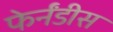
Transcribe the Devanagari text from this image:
फेर्नंडीस